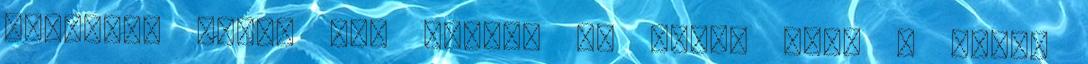
ruházata miatt még nyáron is fehér volt a bőre.